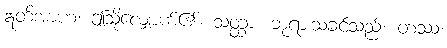
ဣတိအာဟ၊ ဤသို့လျှောက်၏။ သတ္ထာ၊ ဘုရားသခင်သည်။ တဿ၊